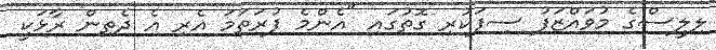
ލިލީސްގެ މުވައްޒަފު ސިފަކުރި ގޮތުގައި "އެންމެ ފުރަތަމަ އެރި އެ ދެތިން ރާޅަކީ